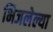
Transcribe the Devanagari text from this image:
भिजलेल्या